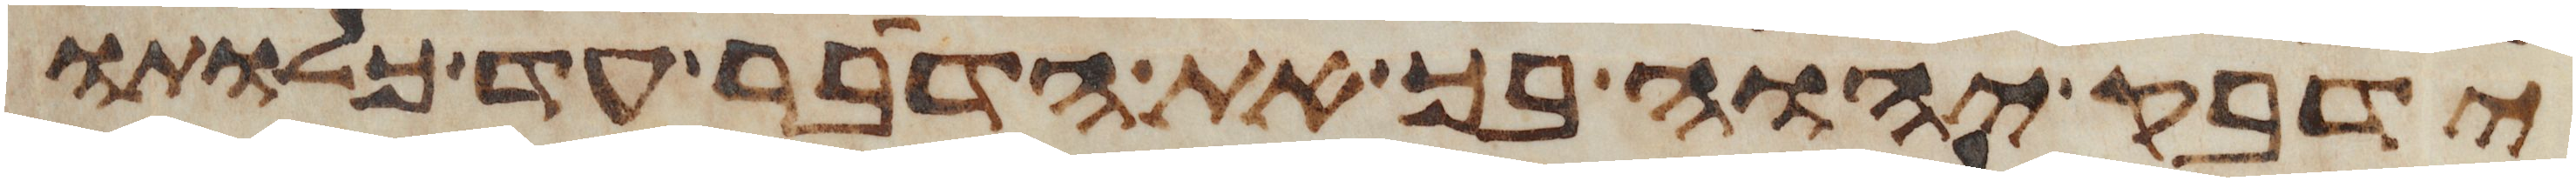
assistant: ידבק יהוה בך את הדבר עד כלותו